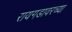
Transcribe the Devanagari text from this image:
रायगडावरच्या